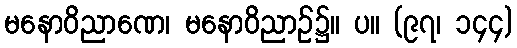
မနောဝိညာဏေ၊ မနောဝိညာဉ်၌။ ပ။ (၉၇၊ ၁၄၄)